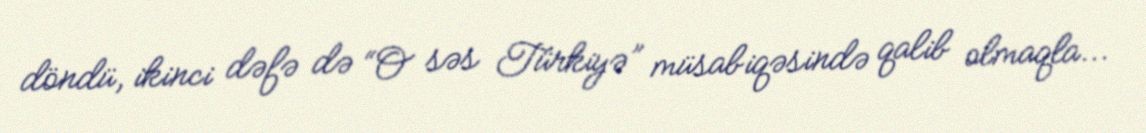
döndü, ikinci dəfə də “O səs Türkiyə” müsabiqəsində qalib olmaqla...